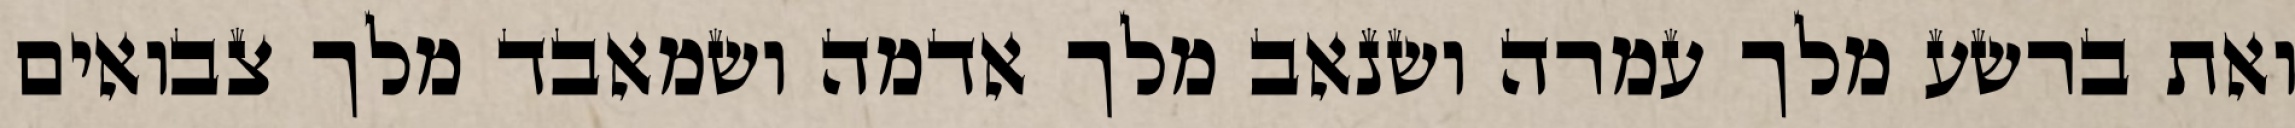
ואת ברשע מלך עמרה ושנאב מלך אדמה ושמאבד מלך צבואים